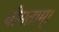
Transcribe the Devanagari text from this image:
धीमताम्।